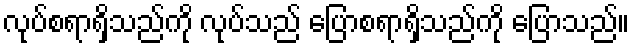
လုပ်စရာရှိသည်ကို လုပ်သည် ပြောစရာရှိသည်ကို ပြောသည်။